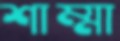
শাম্মা